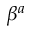
\beta ^ { a }